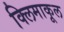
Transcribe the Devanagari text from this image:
क्लिमाकूल